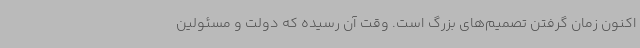
اکنون زمان گرفتن تصمیم‌های بزرگ است. وقت آن رسیده که دولت و مسئولین